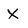
Character: x